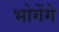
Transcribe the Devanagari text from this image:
भोगेंगे